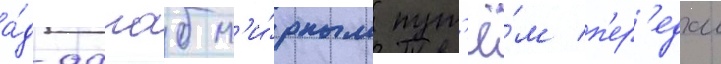
а́д-дагаб м'и́рным пут'ё́м п'ер'едал